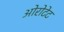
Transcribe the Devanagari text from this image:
ओरोटेट